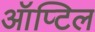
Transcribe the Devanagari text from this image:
ऑप्टिल